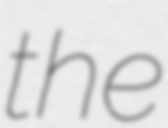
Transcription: the